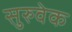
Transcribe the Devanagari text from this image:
सुरुवेक